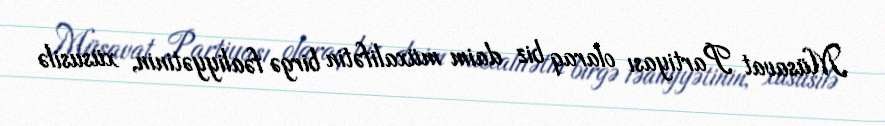
Müsavat Partiyası olaraq biz daim müxalifətin birgə fəaliyyətinin, xüsusilə